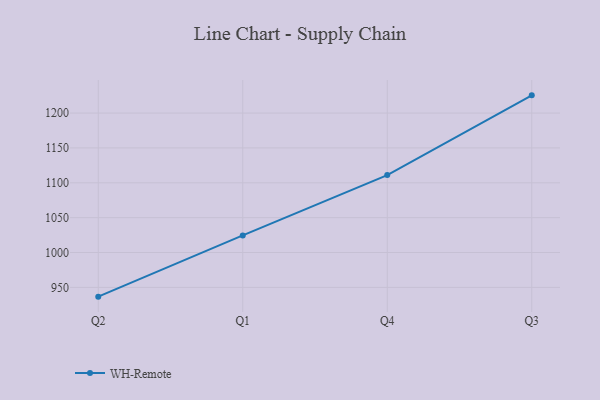
{"axis": {"x": "Quarter", "y": "Page Views"}, "legend": ["WH-Remote"], "data": [{"x": "Q2", "y": 936.7, "type": "WH-Remote"}, {"x": "Q1", "y": 1024.5, "type": "WH-Remote"}, {"x": "Q4", "y": 1111.1, "type": "WH-Remote"}, {"x": "Q3", "y": 1225.4, "type": "WH-Remote"}]}